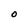
Character: O